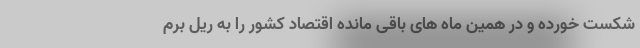
شکست خورده و در همین ماه های باقی مانده اقتصاد کشور را به ریل برم